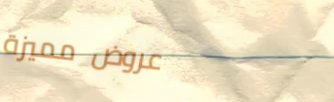
عروض مميزة